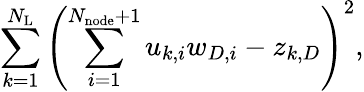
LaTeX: \sum_{k=1}^{N_{\mathrm{L}}}\left(\sum_{i=1}^{N_{\mathrm{node}}+1}u_{k,i}w_{D,i}-z_{k,D}\right)^{2},